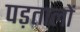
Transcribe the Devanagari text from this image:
पड़तालों